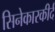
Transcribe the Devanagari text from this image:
सिनेकारकीर्द